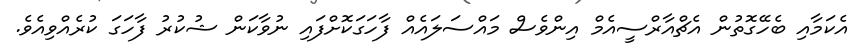
އެކަމާއި ބެހޭގޮތުން އެޗްއާރްސީއެމް އިންވެސް މައްސަލައެއް ފާހަގަކޮށްފައި ނުވާކަން ޝުކުރު ފާހަގަ ކުރެއްވިއެވެ.